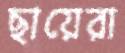
ছায়েরা